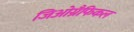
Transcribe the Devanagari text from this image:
जिओग्रैफिकल